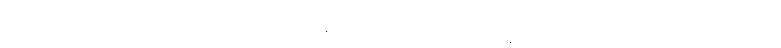
ဣမေ၊ ဤသည်တို့တည်း။ ဘိက္ခဝေ၊ ရဟန်းတို့။ ခေါ၊ စင်စစ်။ သဒ္ဓမ္မာ၊ သူတော်ကောင်းတရားတို့သည်။